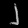
Digit: ၂